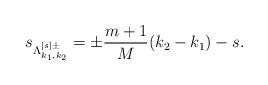
LaTeX: \begin{align*}s_{\Lambda^{[s]\pm}_{k_1,k_2}}= \pm \dfrac{m+1}{M} (k_2-k_1)-s.\end{align*}